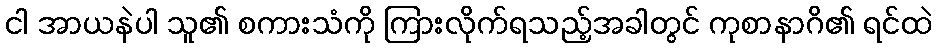
ငါ အာယနဲပါ သူ၏ စကားသံကို ကြားလိုက်ရသည့်အခါတွင် ကုစာနာဂိ၏ ရင်ထဲ